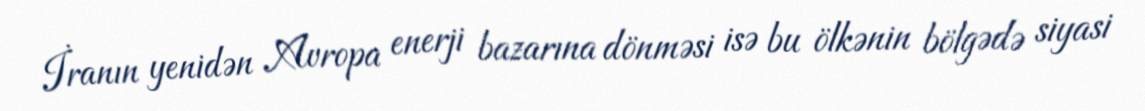
İranın yenidən Avropa enerji bazarına dönməsi isə bu ölkənin bölgədə siyasi